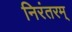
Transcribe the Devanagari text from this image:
निरंतरम्‌